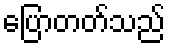
ပြောတတ်သည်